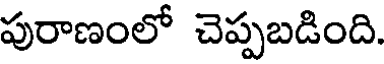
పురాణంలో చెప్పబడింది.